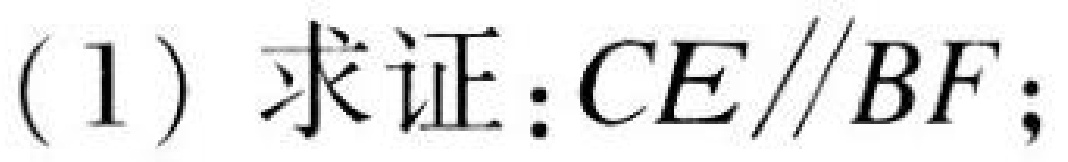
(1) 求证：$CE\parallel BF$;